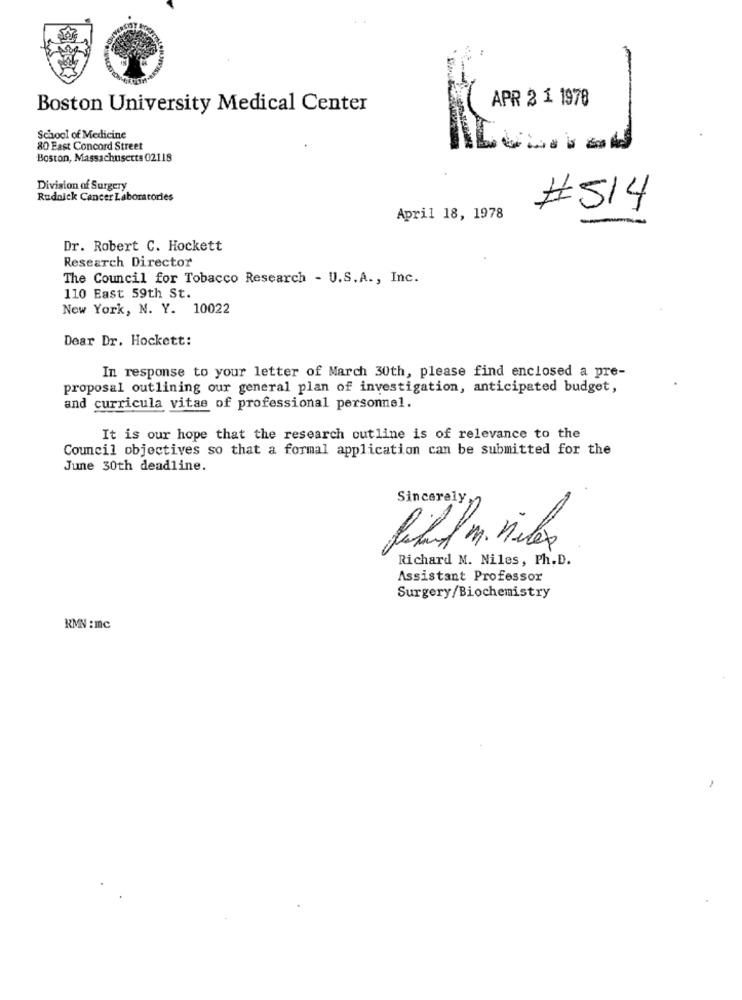
APR 2 1 1978
Boston University Medical Center
School of Medicine
80 East Concord Street
Boston, Massachusetts 02118
Division of Surgery
Rudnick Cancer Laboratories
#514
April 18, 1978
Dr. Robert C. Hockett
Research Director
The Council for Tobacco Research - U.S. A ., Inc.
110 East 59th St.
New York, N. Y. 10022
Dear Dr. Hockett:
In response to your letter of March 30th, please find enclosed a pre-
proposal outlining our general plan of investigation, anticipated budget,
and curricula vitae of professional personnel.
It is our hope that the research outline is of relevance to the
Council objectives so that a formal application can be submitted for the
June 30th deadline.
Sincerely
Richard M. Niles, Ph. D.
Assistant Professor
Surgery/Biochemistry
RMN :mc